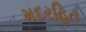
મદરહિત